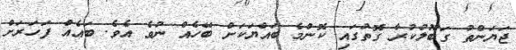
ޖަޔަންތު ގަބޫލުކުރާ ގޮތުގައި ކޮންމެ ބައްޔަކަށް ބޭހެއް ނުވެ އެވެ. ބައެއް ފަހަރަށް